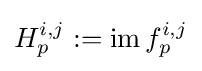
H_{p}^{i,j}:=\operatorname {im} f_{p}^{i,j}